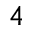
_ { 4 }